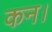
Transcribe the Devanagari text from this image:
कन।